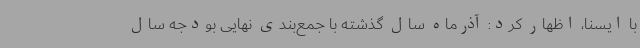
با ایسنا، اظهار کرد: آذرماه سال گذشته با جمع‌بندی نهایی بودجه سال